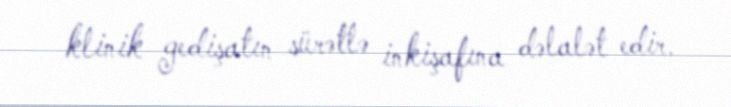
klinik gedişatın sürətlə inkişafına dəlalət edir.